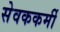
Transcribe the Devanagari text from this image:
सेवककर्मी